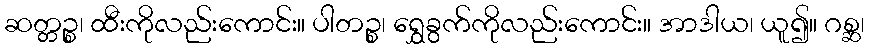
ဆတ္တဉ္စ၊ ထီးကိုလည်းကောင်း။ ပါတဉ္စ၊ ရွှေခွက်ကိုလည်းကောင်း။ အာဒါယ၊ ယူ၍။ ဂစ္ဆ၊